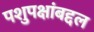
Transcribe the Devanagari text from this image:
पशुपक्षांबद्दल